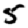
Digit: 5